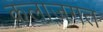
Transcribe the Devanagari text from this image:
कलाजगत